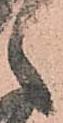
之